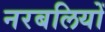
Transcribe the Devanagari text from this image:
नरबलियों